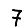
Digit: 7